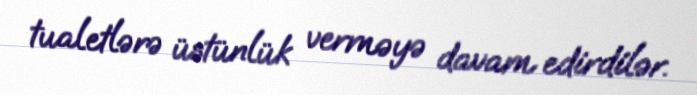
tualetlərə üstünlük verməyə davam edirdilər.